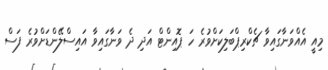
މިއީ އެއްވަނާގައިވާ ޗެކްރިޕްބަލިކަށްވުރެ ހަ ޕޮއިންޓް އަދި ދެ ވަނާގައިވާ އައިސްލޭންޑަށްވުރެ ފަސް